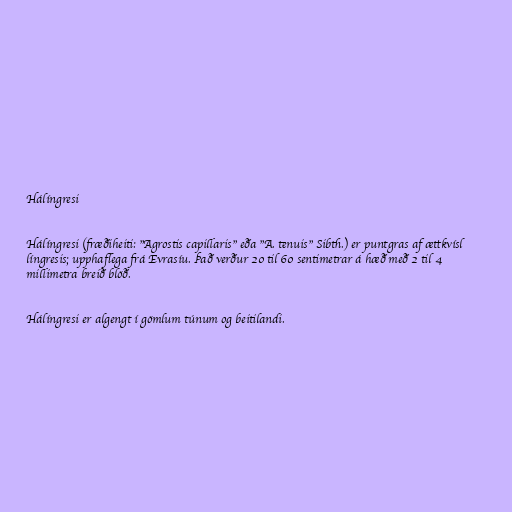
Hálíngresi

Hálíngresi (fræðiheiti: "Agrostis capillaris" eða "A. tenuis" Sibth.) er puntgras af ættkvísl
língresis; upphaflega frá Evrasíu. Það verður 20 til 60 sentimetrar á hæð með 2 til 4
millimetra breið blöð.

Hálíngresi er algengt í gömlum túnum og beitilandi.